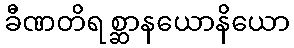
ခီဏတိရစ္ဆာနယောနိယော